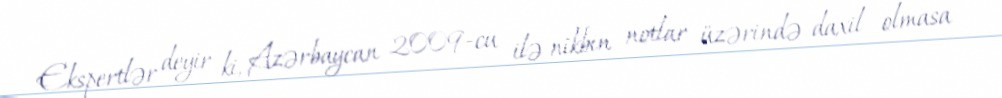
Ekspertlər deyir ki, Azərbaycan 2009-cu ilə nikbin notlar üzərində daxil olmasa